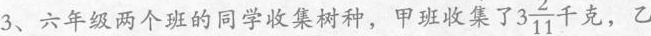
3、六年级两个班的同学收集树种，甲班收集了 $$3 \frac{2}{11}$$ 千克，乙